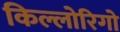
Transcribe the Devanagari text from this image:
किल्लोरिगो